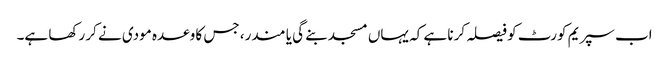
اب سپریم کورٹ کو فیصلہ کرنا ہے کہ یہاں مسجد بنے گی یا مندر، جس کا وعدہ مودی نے کر رکھا ہے۔